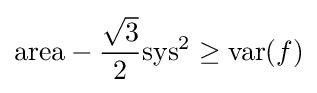
\mathrm {area} -{\frac {\sqrt {3}}{2}}\mathrm {sys} ^{2}\geq \mathrm {var} (f)